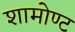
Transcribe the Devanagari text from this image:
शामोण्ट